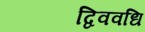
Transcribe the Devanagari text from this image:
द्विववधि